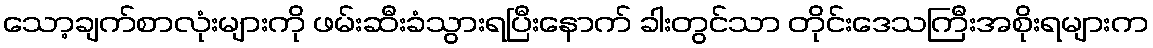
သော့ချက်စာလုံးများကို ဖမ်းဆီးခံသွားရပြီးနောက် ခါးတွင်သာ တိုင်းဒေသကြီးအစိုးရများက